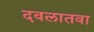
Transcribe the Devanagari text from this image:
दवलातवा